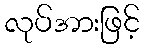
လုပ်အားဖြင့်